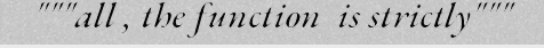
"""all , the function  is strictly"""